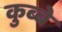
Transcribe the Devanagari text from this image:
कुब्बे